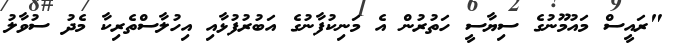
"ރައީސް މައުމޫނުގެ ސިޔާސީ ހަތުރުން އެ މަނިކުފާނުގެ އަބުރުފުޅާއި އިހުލާސްތެރިކާ މެދު ސުވާލު